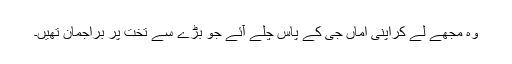
وہ مجھے لے کراپنی اماں جی کے پاس چلے آئے جو بڑے سے تخت پر براجمان تھیں۔